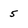
Character: 5